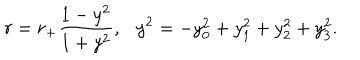
r = r _ { + } \frac { 1 - y ^ { 2 } } { 1 + y ^ { 2 } } , \ \ \ y ^ { 2 } = - y _ { 0 } ^ { 2 } + y _ { 1 } ^ { 2 } + y _ { 2 } ^ { 2 } + y _ { 3 } ^ { 2 } .